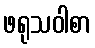
ဖရုသဝါစာ